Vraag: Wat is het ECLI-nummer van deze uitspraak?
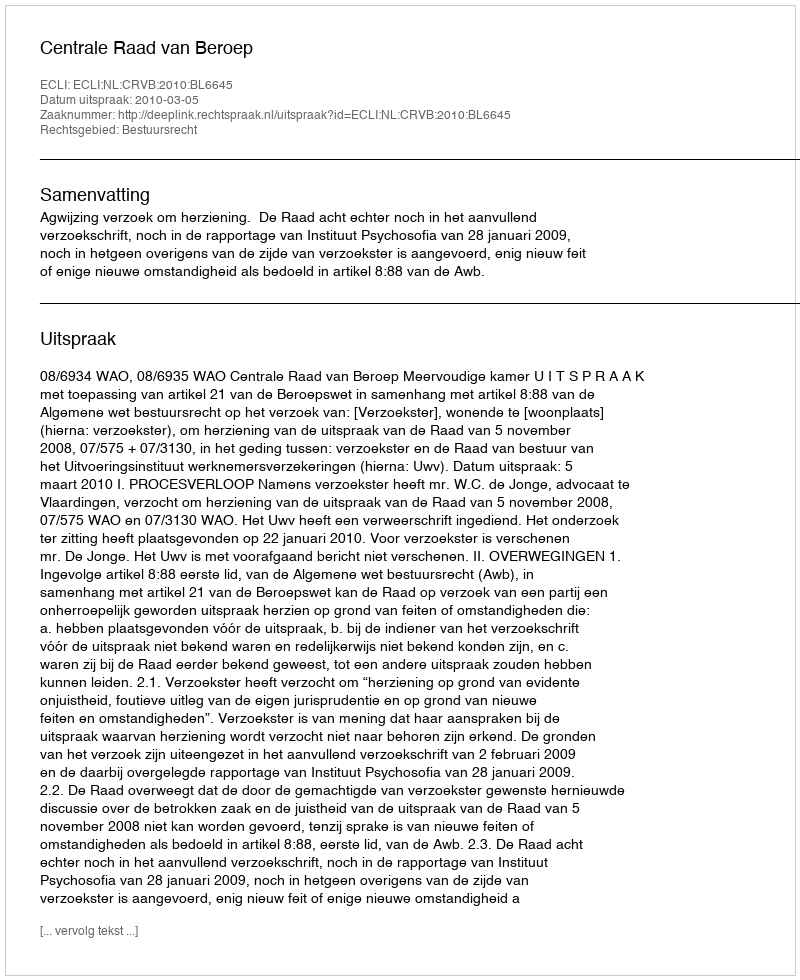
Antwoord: ECLI:NL:CRVB:2010:BL6645